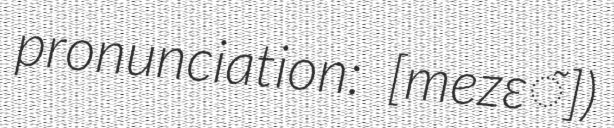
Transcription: pronunciation: ​[mezɛ̃])